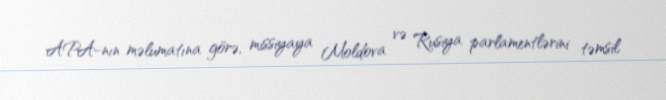
APA-nın məlumatına görə, missiyaya Moldova və Rusiya parlamentlərini təmsil